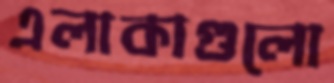
এলাকাগুলো